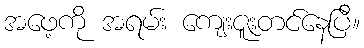
အဖေ့ကို အရမ်း ကျေးဇူးတင်နေပြီ။